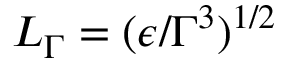
L _ { \Gamma } = ( \epsilon / \Gamma ^ { 3 } ) ^ { 1 / 2 }